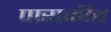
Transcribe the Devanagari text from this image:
पाराकीत